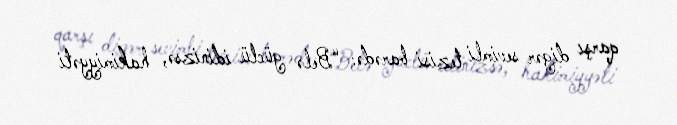
qarşı digər sevimli tezisi barədə: “Belə güclü idinizsə, hakimiyyəti